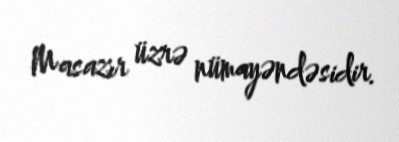
Masazır üzrə nümayəndəsidir.